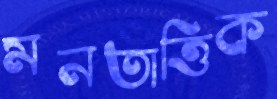
মনতাত্তিক